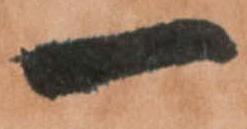
一